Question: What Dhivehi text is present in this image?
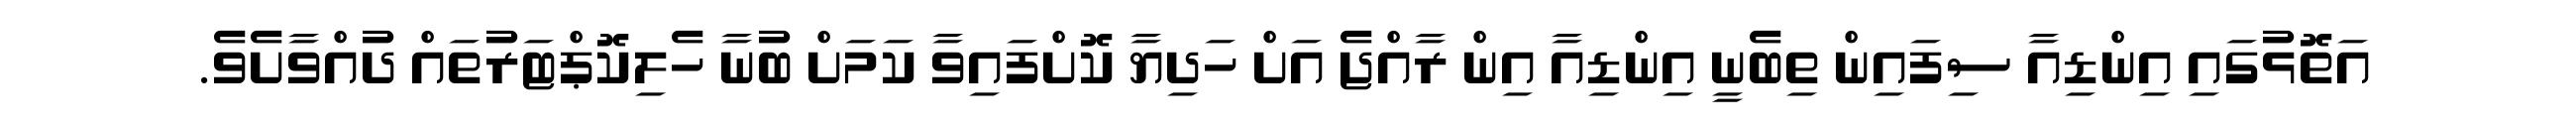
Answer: އަތޮޅުގައި އިންޑިއާ ސިފައިން ތިބެނީ އިންޑިއާ އިން ރާއްޖެ އަށް ހަދިޔާ ކޮށްފައިވާ ކަމަށް ބުނާ ހެލިކޮޕްޓަރުތައް ދުއްވާށެވެ.